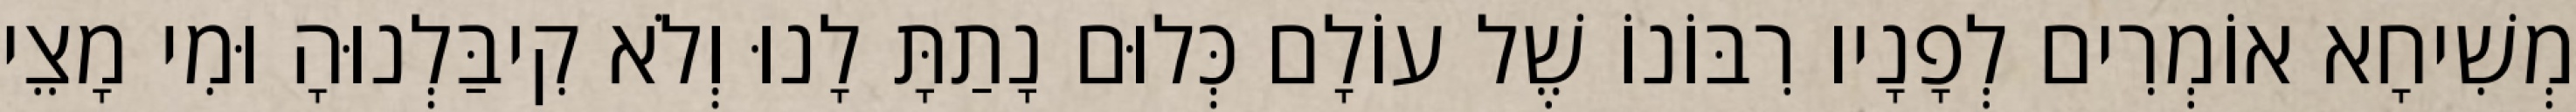
מְשִׁיחָא אוֹמְרִים לְפָנָיו רִבּוֹנוֹ שֶׁל עוֹלָם כְּלוּם נָתַתָּ לָנוּ וְלֹא קִיבַּלְנוּהָ וּמִי מָצֵי